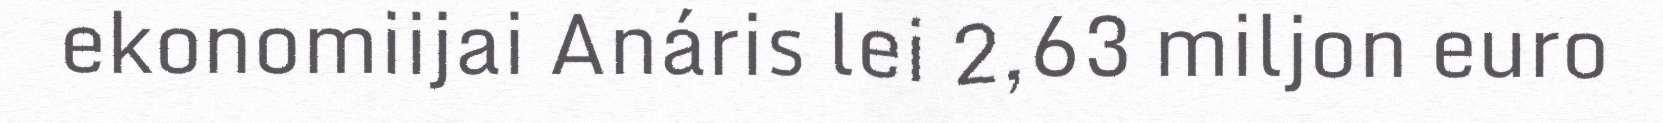
ekonomiijai Anáris lei 2,63 miljon euro